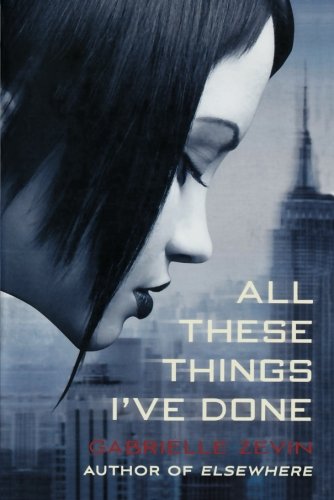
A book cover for All These Things I've Done; Gabrielle Zevin; Teen & Young Adult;